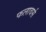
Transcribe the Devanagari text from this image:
फलावर्स